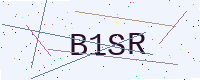
Text: B1SR